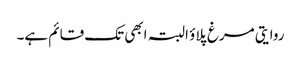
روایتی مرغ پلاؤ البتہ ابھی تک قائم ہے۔